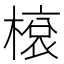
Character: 𬄓